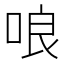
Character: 哴